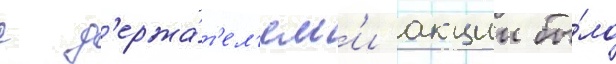
с д'ержа́т'ел'ям'и акции бы́ло